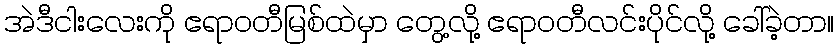
အဲဒီငါးလေးကို ဧရာဝတီမြစ်ထဲမှာ တွေ့လို့ ဧရာဝတီလင်းပိုင်လို့ ခေါ်ခဲ့တာ။